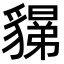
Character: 𧴉